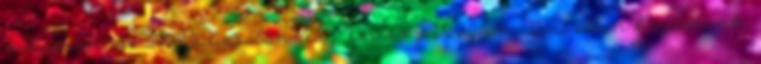
világpremiere 2008 júliusában lesz Karlovy Varyban. "Ami ellen küzdöttünk,